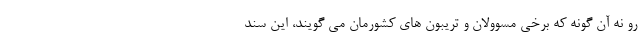
رو نه آن گونه که برخی مسوولان و تریبون های کشورمان می گویند، این سند